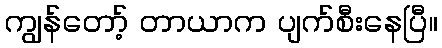
ကျွန်တော့် တာယာက ပျက်စီးနေပြီ။